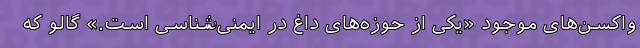
واکسن‌های موجود «یکی از حوزه‌های داغ در ایمنی‌شناسی است.» گالو که